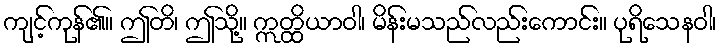
ကျင့်ကုန်၏။ ဤတိ၊ ဤသို့။ ဣတ္ထိယာဝါ၊ မိန်းမသည်လည်းကောင်း။ ပုရိသေနဝါ၊